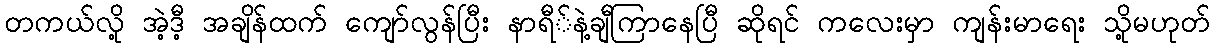
တကယ်လို့ အဲ့ဒီ့ အချိန်ထက် ကျော်လွန်ပြီး နာရီ်နဲ့ချီကြာနေပြီ ဆိုရင် ကလေးမှာ ကျန်းမာရေး သို့မဟုတ်